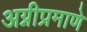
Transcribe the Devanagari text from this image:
अग्नीप्रमाणे